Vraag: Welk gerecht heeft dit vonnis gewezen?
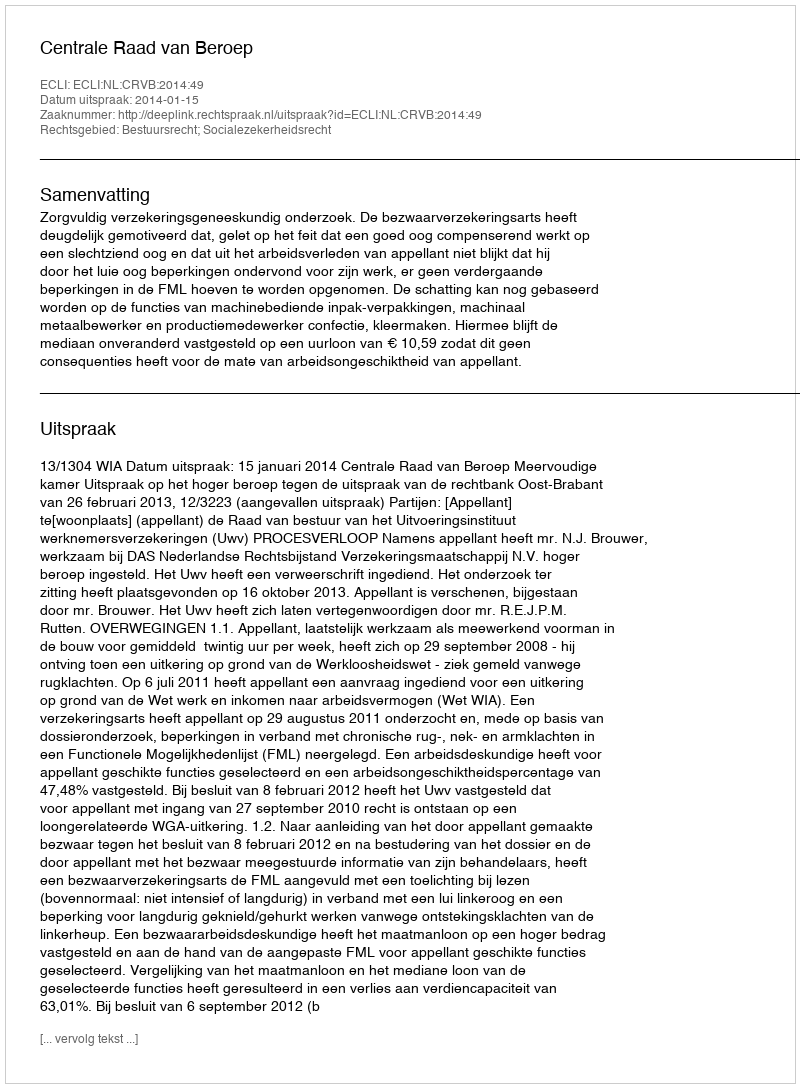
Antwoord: Centrale Raad van Beroep